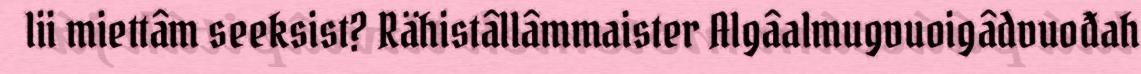
lii miettâm seeksist? Rähistâllâmmaister Algâalmugvuoigâdvuođah